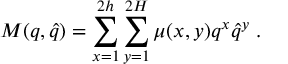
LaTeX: M ( q , \hat { q } ) = \sum _ { x = 1 } ^ { 2 h } \sum _ { y = 1 } ^ { 2 H } \mu ( x , y ) q ^ { x } \hat { q } ^ { y } \; .